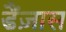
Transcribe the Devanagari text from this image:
डैंज़ास